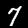
Digit: 7